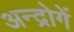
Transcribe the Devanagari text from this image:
अन्द्रोगें